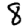
Digit: 8